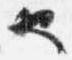
也